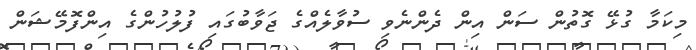
މިކަމާ ގުޅޭ ގޮތުން ސަން އިން ދެންނެވި ސުވާލެއްގެ ޖަވާބުގައި ފުލުހުންގެ އިންފޮމޭޝަން